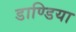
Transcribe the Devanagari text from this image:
डाण्डिया